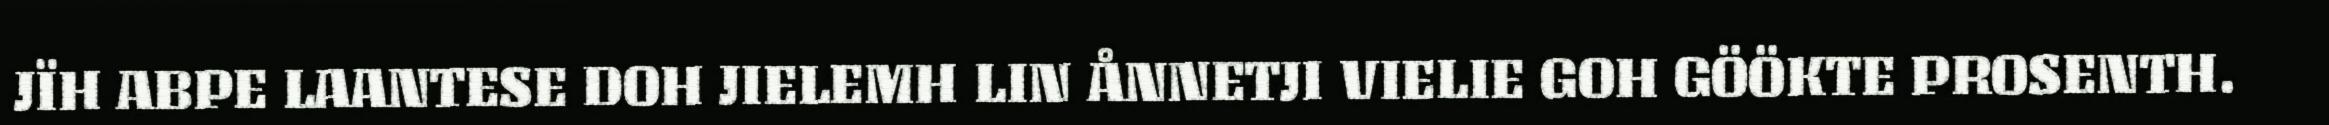
JÏH ABPE LAANTESE DOH JIELEMH LIN ÅNNETJI VIELIE GOH GÖÖKTE PROSENTH.